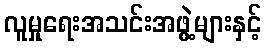
လူမှုရေးအသင်းအဖွဲ့များနှင့်